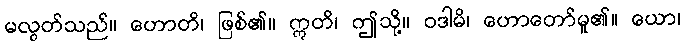
မလွတ်သည်။ ဟောတိ၊ ဖြစ်၏။ ဣတိ၊ ဤသို့။ ဝဒါမိ၊ ဟောတော်မူ၏။ ယော၊